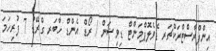
އިންފްރާސްޓްރަކްޗަރ ޑެވެލޮޕްމަންޓް ޑިވިޟަން / ރޯޑް އެންޑް ހާބަރ ގްރޭޑު 7 ފުރިހަމަ